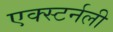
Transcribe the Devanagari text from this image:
एक्स्टर्नली